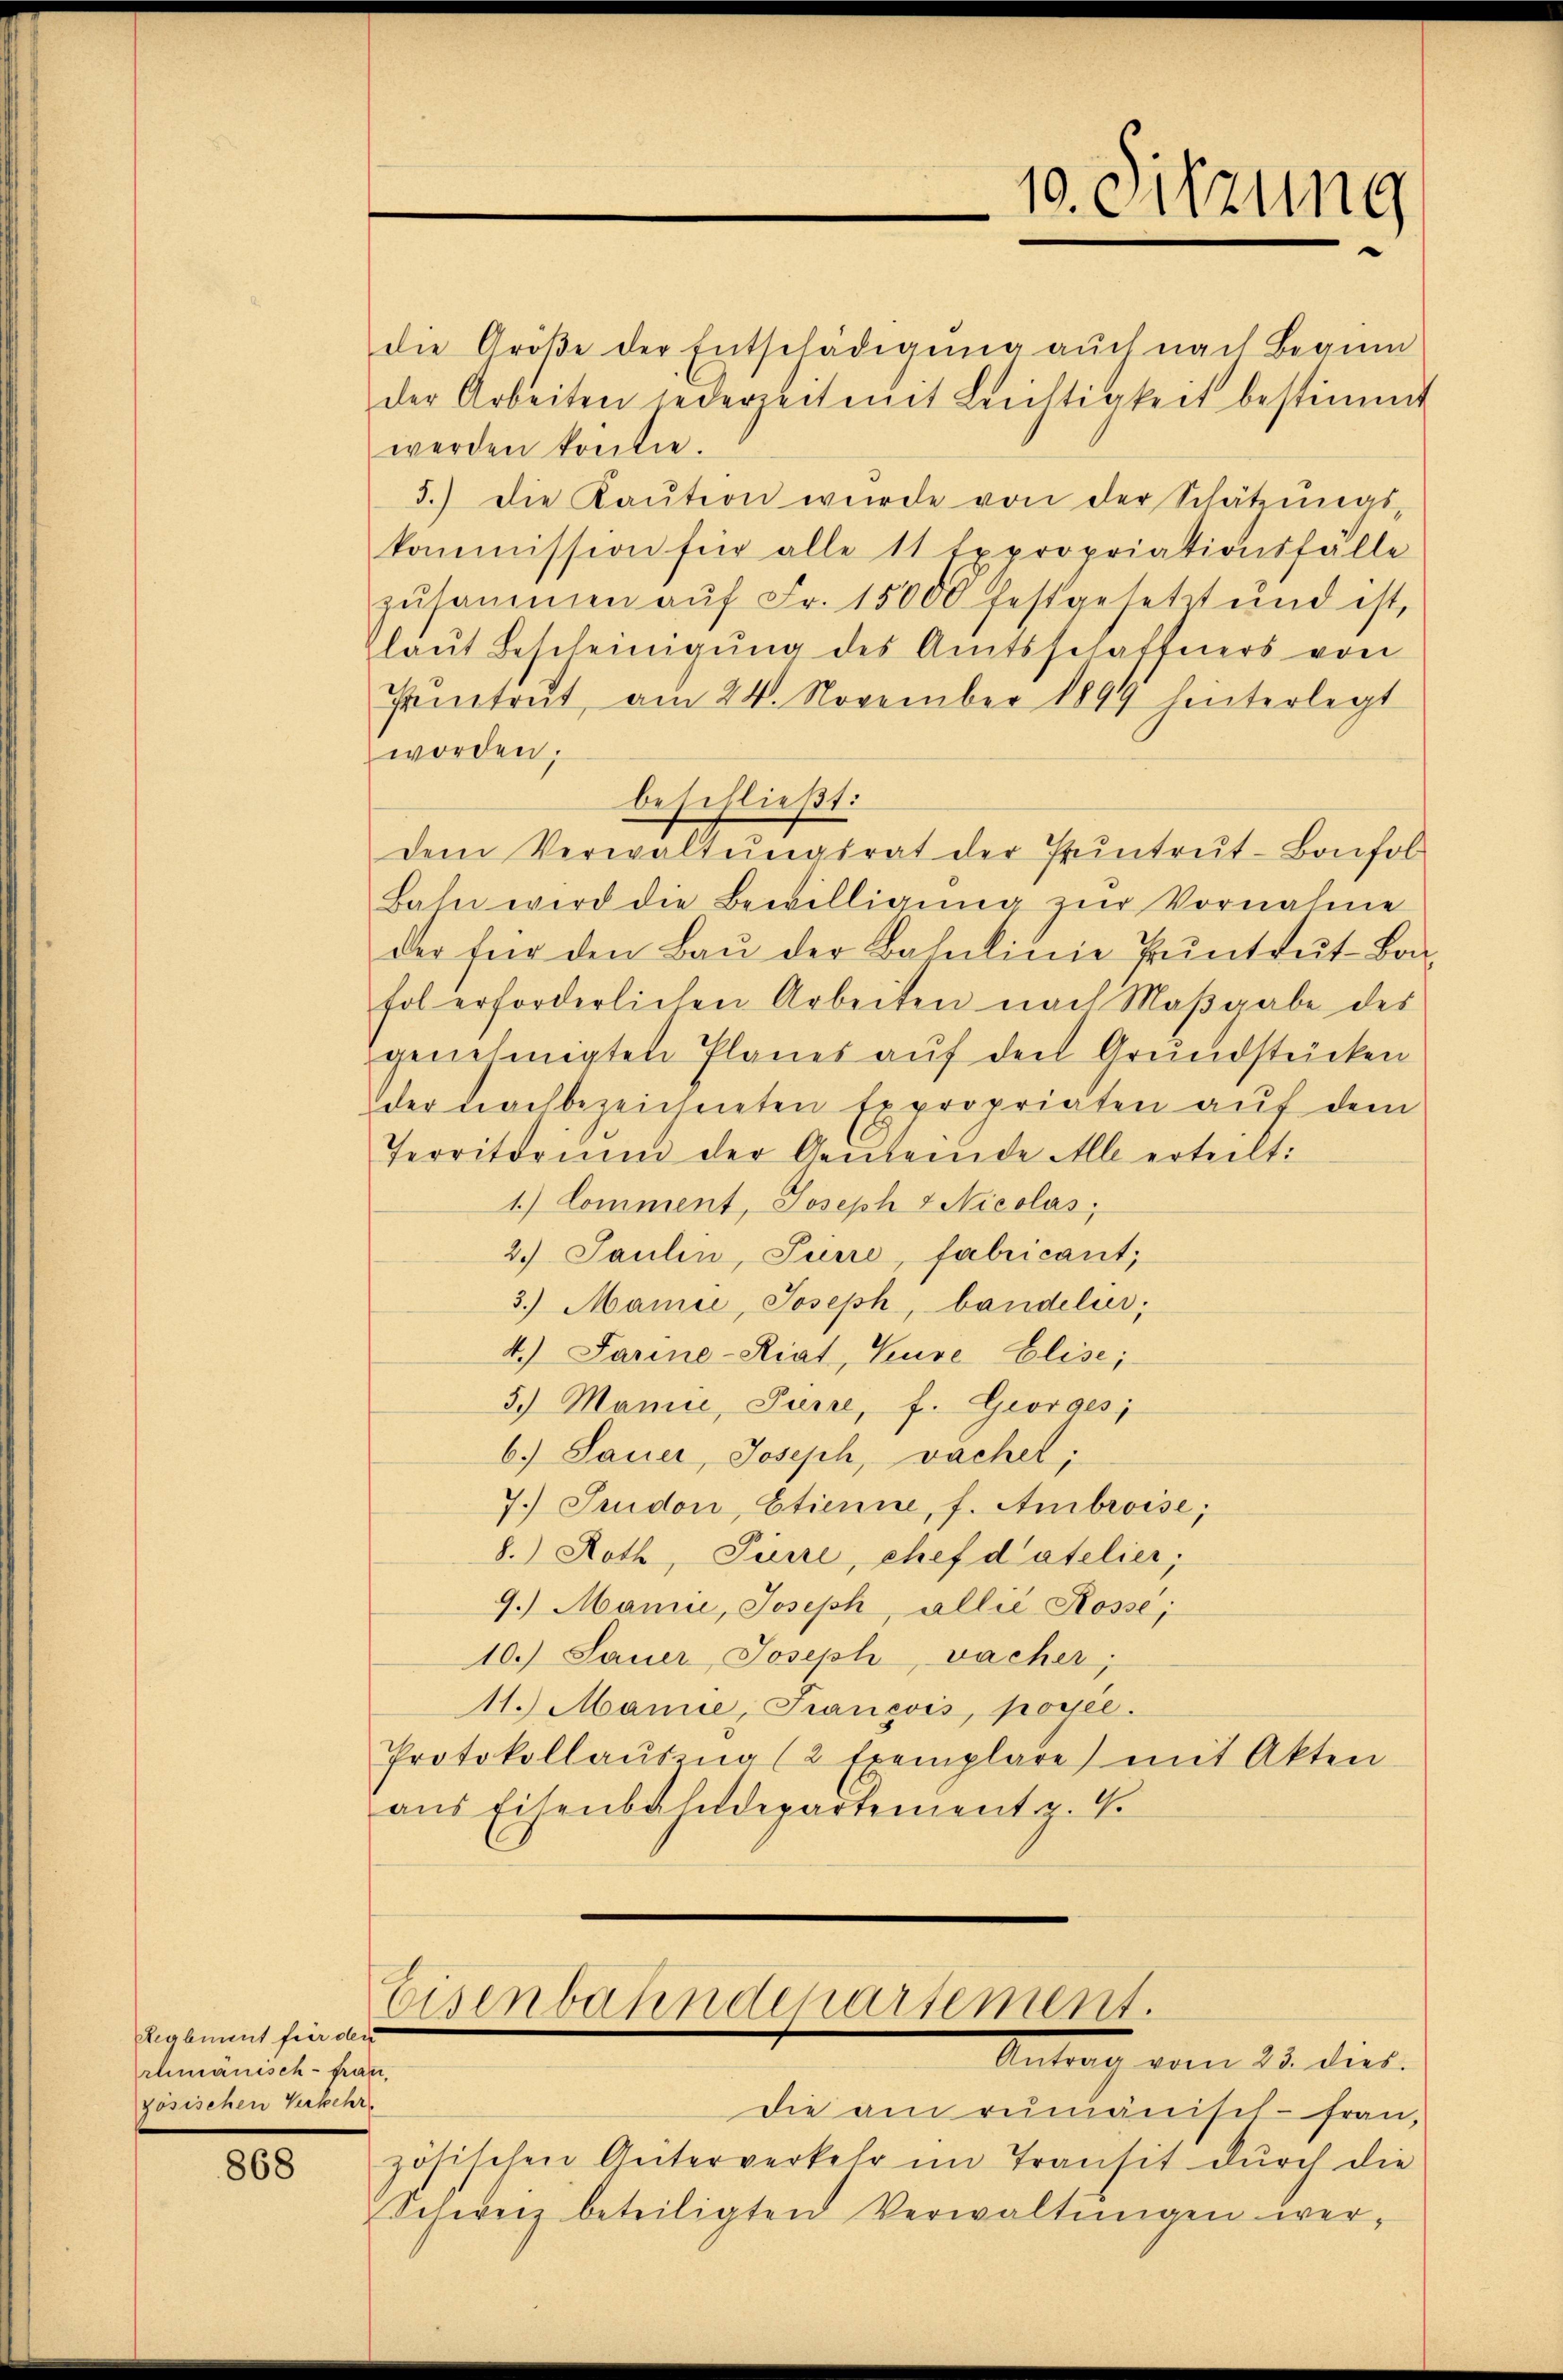
Reglement für der
chmänisch-frau.
zösischen Verkehr

868

die Größe der Entschädigŭng auch nach Beginn
der Arbeiten jederzeit mit Leichtigkeit bestimmt
werden könne.
5.) Die Kaŭtion wurde von der Schätzŭngs-
kommission für alle 11 Expropriationsfälle
zŭsammen aŭf Fr. 15000 festgesetzt und ist,
laut Bescheinigŭng des Amtsschaffners von
Pitrŭt am 24. November 1899 hinterlegt
worden;
beschließt:
dem Verwaltungsrat der Pruntrut-Bonfol
Bahn wird die Bewilligŭng zŭr Vornahme
der für den Baŭ der Bahnlinie Pŭntrŭt-Bon-
fol erforderlichen Arbeiten nach Maβgabe des
genehmigten Planes auf der Grundstücken
der nachbezeichneten Expropriaten auf dem
Territorium der Gemeinde Mlle erteilt:
1.) Comment, Joseph 4 Nicolas,
2. Paulin, Tiere, fabricant,
3.) Marie, Joseph, bandelier,
4.) Darine-Riat, Kure Elise;
5.) Manie, Furre, f. Georges,
6.) Sauer, Joseph, vachel;
7. Juidon, Etienne, f. Ambroise;
8.) Roth, Furre, chef datelier,
9.) Manie, Joseph, allee Rosse;
10.) Sauer Joseph vacher
11.) Manne, Francois, poyec.
Protokollausung (2 Exemplare mit Akten
ans Eisenbahndepartementz. 4.

Eisenbahndepartement.
Antrag vom 23. dies

10. Sitzune

Die am rumänisch-Frau,
zösischen Geiterverkehr im Transit durch die
Schweiz beteiligten Verwaltŭngen wer-